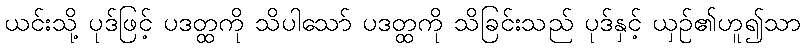
ယင်းသို့ ပုဒ်ဖြင့် ပဒတ္ထကို သိပါသော် ပဒတ္ထကို သိခြင်းသည် ပုဒ်နှင့် ယှဉ်၏ဟူ၍သာ